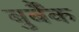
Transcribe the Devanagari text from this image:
बुर्बैंक